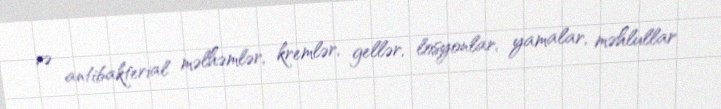
və antibakterial məlhəmlər, kremlər, gellər, losyonlar, yamalar, məhlullar